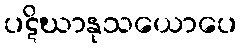
ပဋိဃာနုသယောပေ